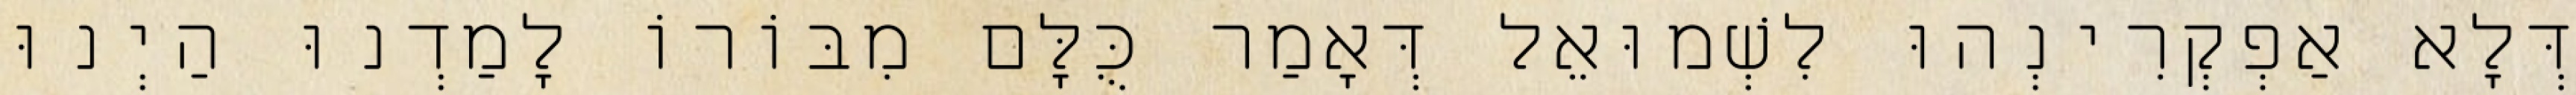
דְּלָא אַפְקְרִינְהוּ לִשְׁמוּאֵל דְּאָמַר כֻּלָּם מִבּוֹרוֹ לָמַדְנוּ הַיְנוּ